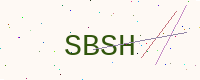
Text: SBSH